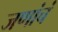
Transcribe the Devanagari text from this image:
जणांचं